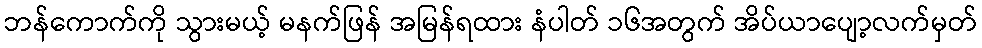
ဘန်ကောက်ကို သွားမယ့် မနက်ဖြန် အမြန်ရထား နံပါတ် ၁၆အတွက် အိပ်ယာပျော့လက်မှတ်